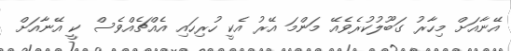
އޭނާއަށް މިހާރު ގަބޫލުކުރެވެއޭ މަންމަ އޭރު އެކީ ހުރިހައި އެއްޗެއްވެސް ކީ އޭނާއަށް